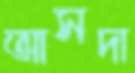
আসদা